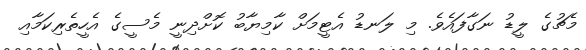
މެޗުގެ ލީޑު ނަގާފައެވެ. މި ލަނޑު އެޓީމަށް ކާމިޔާބު ކޮށްދިނީ މެސީގެ އެހީތެރިކަމާއި